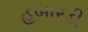
હબારડી